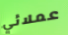
عملائي